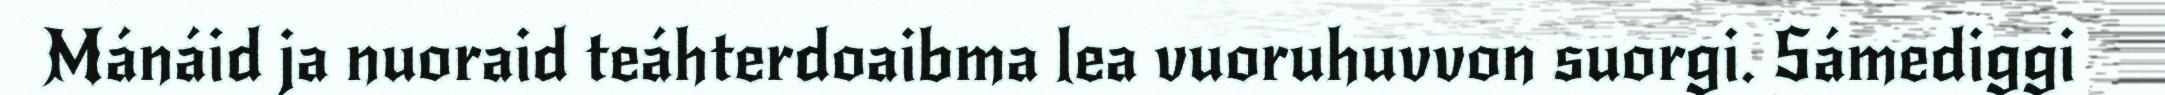
Mánáid ja nuoraid teáhterdoaibma lea vuoruhuvvon suorgi. Sámediggi